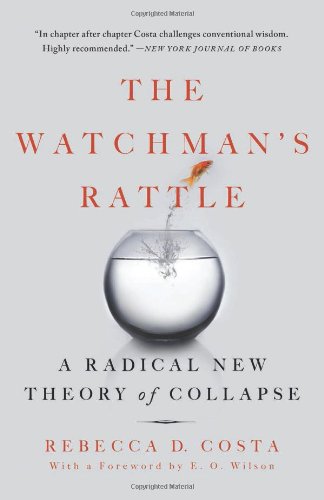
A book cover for The Watchman's Rattle: A Radical New Theory of Collapse; Rebecca Costa; Science & Math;